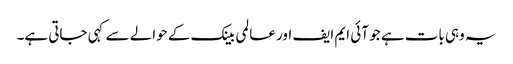
یہ وہی بات ہے جو آئی ایم ایف اور عالمی بینک کے حوالے سے کہی جاتی ہے۔